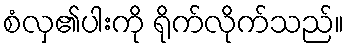
စံလှ၏ပါးကို ရိုက်လိုက်သည်။